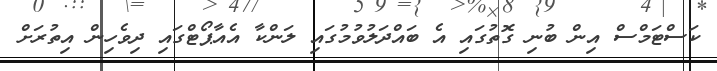
ކަސްޓަމްސް އިން ބުނި ގޮތުގައި އެ ބައްދަލުވުމުގައި ލަންކާ އެއާޕޯޓްގައި ދިވެހިން އިތުރަށް